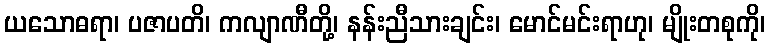
ယသောဓရာ၊ ပဇာပတိ၊ ကလျာဏီတို့၊ နန်းညီသားချင်း၊ မောင်မင်းရာဟု၊ မျိုးတစုကို၊